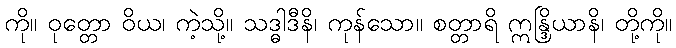
ကို။ ဝုတ္တော ဝိယ၊ ကဲ့သို့။ သဒ္ဓါဒီနိ၊ ကုန်သော။ စတ္တာရိ ဣန္ဒြိယာနိ၊ တို့ကို။